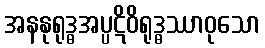
အနနုရုဒ္ဓအပ္ပဋိဝိရုဒ္ဓဿာဝုသော